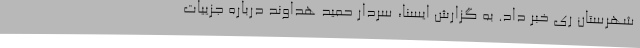
شهرستان ری خبر داد. به گزارش ایسنا، سردار حمید هداوند درباره جزییات